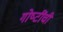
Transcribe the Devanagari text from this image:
गोष्‍टींची